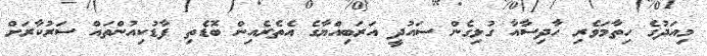
މިއަދުގެ ހިތާމަވެރި ހާދިސާއާ ގުޅިގެން ސައުދީ އަރަބިއްޔާގެ އެތެރެއިން ބޮޑެތި ފާޑުކިއުންތައް ސަރުކާރަށް